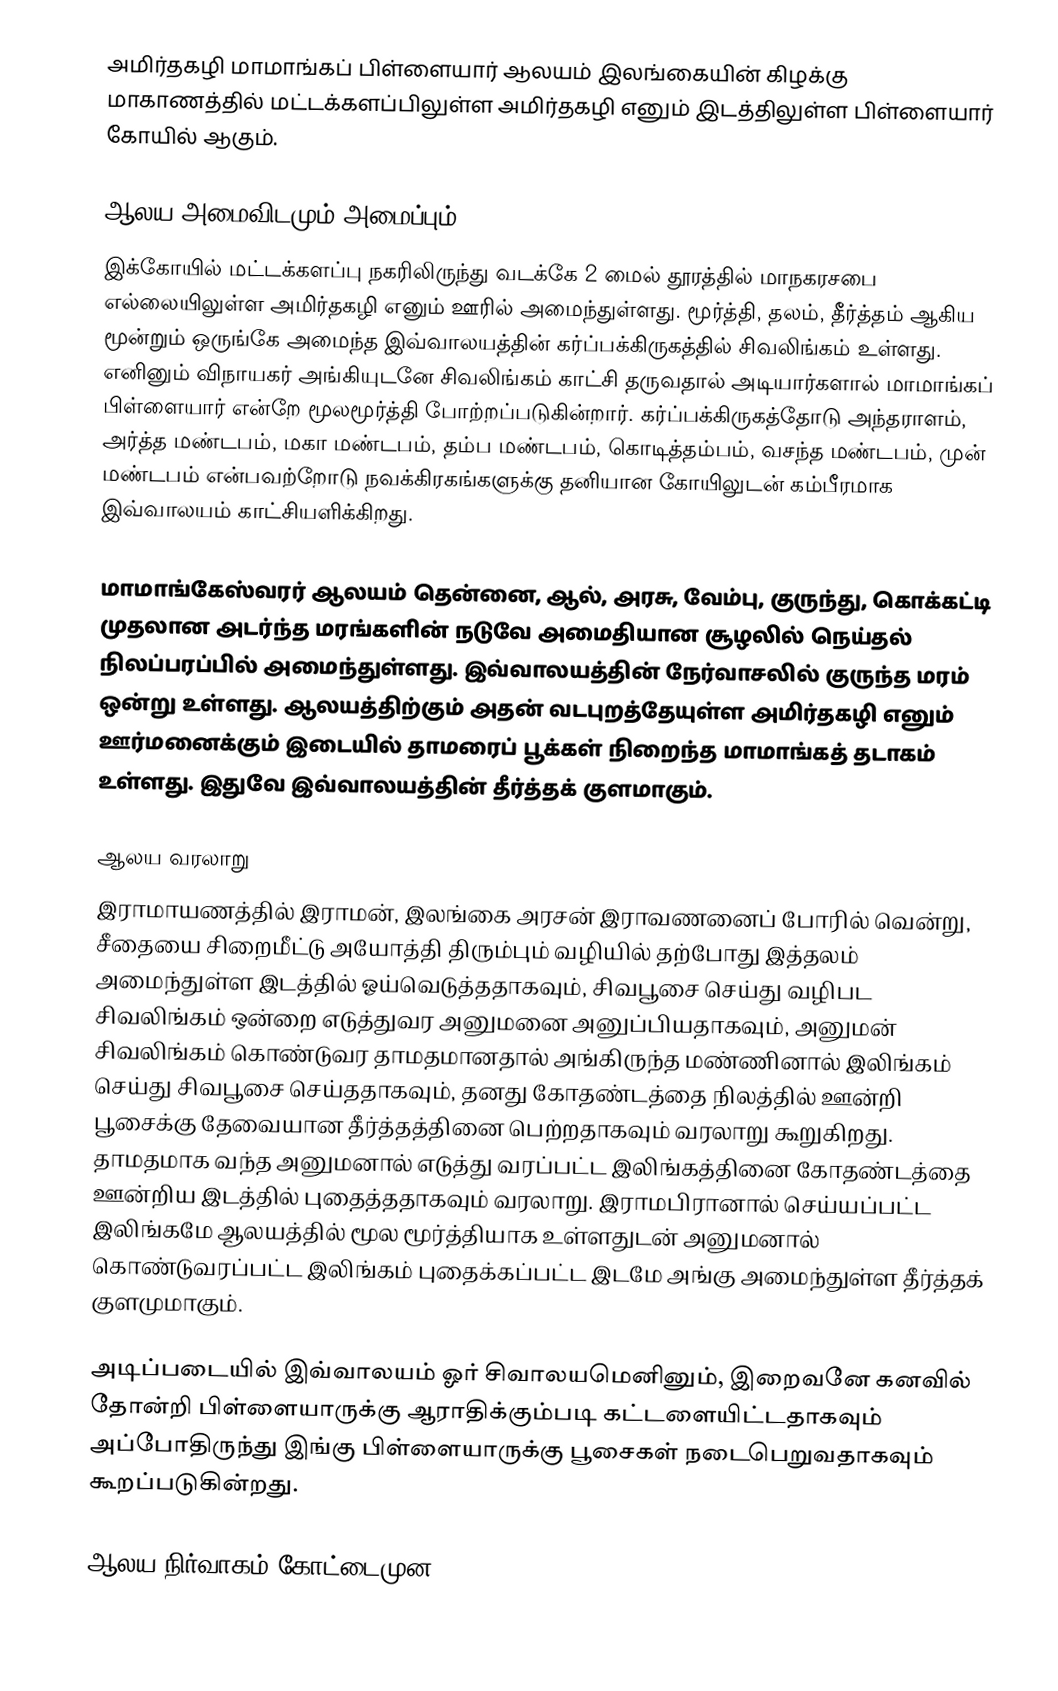
அமிர்தகழி மாமாங்கப் பிள்ளையார் ஆலயம் இலங்கையின் கிழக்கு மாகாணத்தில் மட்டக்களப்பிலுள்ள அமிர்தகழி எனும் இடத்திலுள்ள பிள்ளையார் கோயில் ஆகும்.

ஆலய அமைவிடமும் அமைப்பும்
இக்கோயில் மட்டக்களப்பு நகரிலிருந்து வடக்கே 2 மைல் தூரத்தில் மாநகரசபை எல்லையிலுள்ள அமிர்தகழி எனும் ஊரில் அமைந்துள்ளது. மூர்த்தி, தலம், தீர்த்தம் ஆகிய மூன்றும் ஒருங்கே அமைந்த இவ்வாலயத்தின் கர்ப்பக்கிருகத்தில் சிவலிங்கம் உள்ளது. எனினும் விநாயகர் அங்கியுடனே சிவலிங்கம் காட்சி தருவதால் அடியார்களால் மாமாங்கப் பிள்ளையார் என்றே மூலமூர்த்தி போற்றப்படுகின்றார். கர்ப்பக்கிருகத்தோடு அந்தராளம், அர்த்த மண்டபம், மகா மண்டபம், தம்ப மண்டபம், கொடித்தம்பம், வசந்த மண்டபம், முன் மண்டபம் என்பவற்றோடு நவக்கிரகங்களுக்கு தனியான கோயிலுடன் கம்பீரமாக இவ்வாலயம் காட்சியளிக்கிறது.

மாமாங்கேஸ்வரர் ஆலயம் தென்னை, ஆல், அரசு, வேம்பு, குருந்து, கொக்கட்டி முதலான அடர்ந்த மரங்களின் நடுவே அமைதியான சூழலில் நெய்தல் நிலப்பரப்பில் அமைந்துள்ளது. இவ்வாலயத்தின் நேர்வாசலில் குருந்த மரம் ஒன்று உள்ளது. ஆலயத்திற்கும் அதன் வடபுறத்தேயுள்ள அமிர்தகழி எனும் ஊர்மனைக்கும் இடையில் தாமரைப் பூக்கள் நிறைந்த மாமாங்கத் தடாகம் உள்ளது. இதுவே இவ்வாலயத்தின் தீர்த்தக் குளமாகும்.

ஆலய வரலாறு
இராமாயணத்தில் இராமன், இலங்கை அரசன் இராவணனைப் போரில் வென்று, சீதையை சிறைமீட்டு அயோத்தி திரும்பும் வழியில் தற்போது இத்தலம் அமைந்துள்ள இடத்தில் ஓய்வெடுத்ததாகவும், சிவபூசை செய்து வழிபட சிவலிங்கம் ஒன்றை எடுத்துவர அனுமனை அனுப்பியதாகவும், அனுமன் சிவலிங்கம் கொண்டுவர தாமதமானதால் அங்கிருந்த மண்ணினால் இலிங்கம் செய்து சிவபூசை செய்ததாகவும், தனது கோதண்டத்தை நிலத்தில் ஊன்றி பூசைக்கு தேவையான தீர்த்தத்தினை பெற்றதாகவும் வரலாறு கூறுகிறது. தாமதமாக வந்த அனுமனால் எடுத்து வரப்பட்ட இலிங்கத்தினை கோதண்டத்தை ஊன்றிய இடத்தில் புதைத்ததாகவும் வரலாறு. இராமபிரானால் செய்யப்பட்ட இலிங்கமே ஆலயத்தில் மூல மூர்த்தியாக உள்ளதுடன் அனுமனால் கொண்டுவரப்பட்ட இலிங்கம் புதைக்கப்பட்ட இடமே அங்கு அமைந்துள்ள தீர்த்தக் குளமுமாகும்.

அடிப்படையில் இவ்வாலயம் ஓர் சிவாலயமெனினும், இறைவனே கனவில் தோன்றி பிள்ளையாருக்கு ஆராதிக்கும்படி கட்டளையிட்டதாகவும் அப்போதிருந்து இங்கு பிள்ளையாருக்கு பூசைகள் நடைபெறுவதாகவும் கூறப்படுகின்றது.

ஆலய நிர்வாகம் கோட்டைமுன